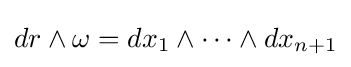
dr\wedge \omega =dx_{1}\wedge \cdots \wedge dx_{n+1}